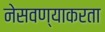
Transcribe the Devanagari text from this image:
नेसवण्याकरता